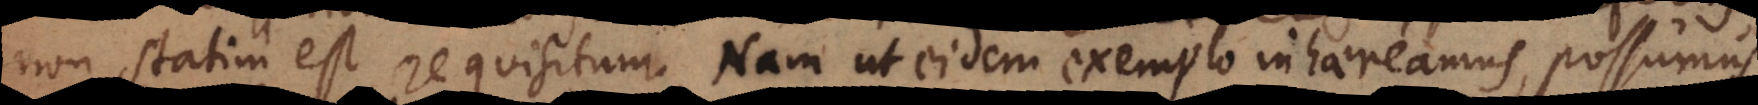
non statim est requisitum. Nam ut eidem exemplo inhaereamus, possumus